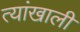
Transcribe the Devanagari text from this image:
त्यांखाली